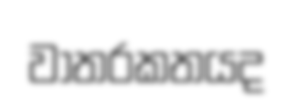
වාතරකතයද